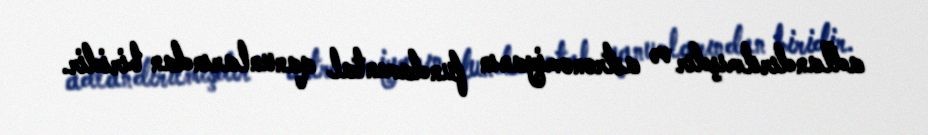
adlandırılmışdır və astronomiyanın fundamental qanunlarından biridir.